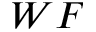
W F